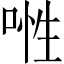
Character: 𠶞